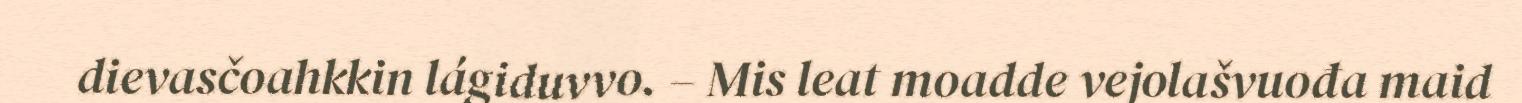
dievasčoahkkin lágiduvvo. – Mis leat moadde vejolašvuođa maid